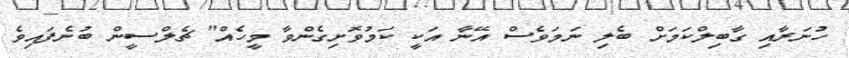
ހުނަރާއި ގާބިލްކަމަށް ބެލި ނަމަވެސް އޭނާ އަކީ ކަމުވޮށިގެންވާ މީހެއް" ޗެލްސީން ބުނެފައިވެ